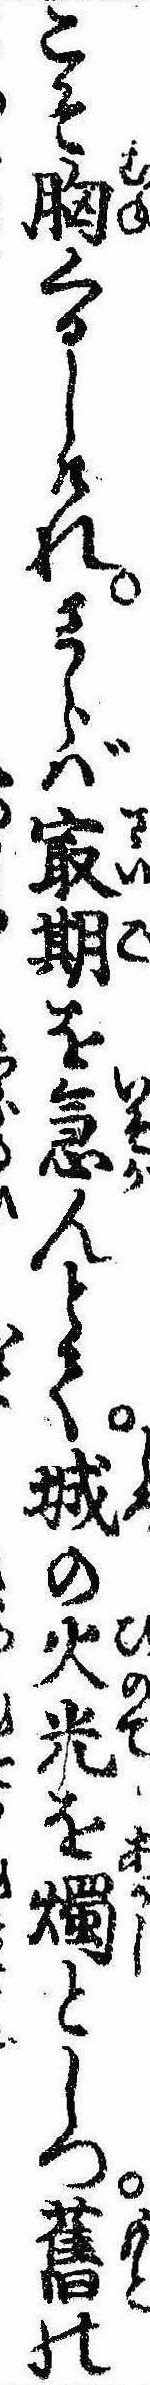
こそ胸くるしけれさらば㝡期を急んとて城の火光を燭としつ旧の